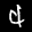
Label: 4